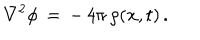
\nabla ^ { 2 } \phi \, = \, - \, 4 \pi \, \rho ( { \bf x } , t ) \, .